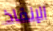
الإنقاذ